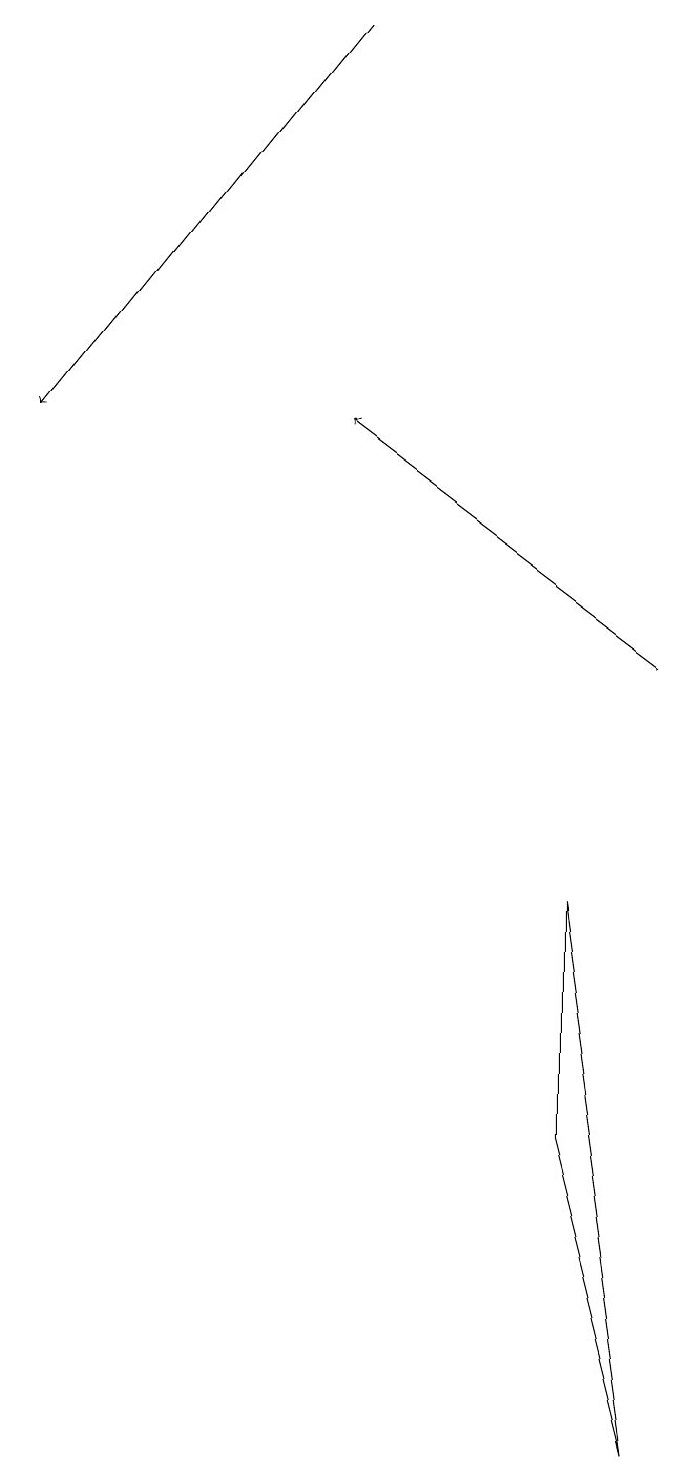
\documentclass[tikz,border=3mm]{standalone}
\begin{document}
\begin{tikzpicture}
\draw (7,8) -- (7,5) -- (8,1) -- cycle;
\draw[->] (4,19) -- (0,14);
\draw[->] (8,11) -- (4,14);
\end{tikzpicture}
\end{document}